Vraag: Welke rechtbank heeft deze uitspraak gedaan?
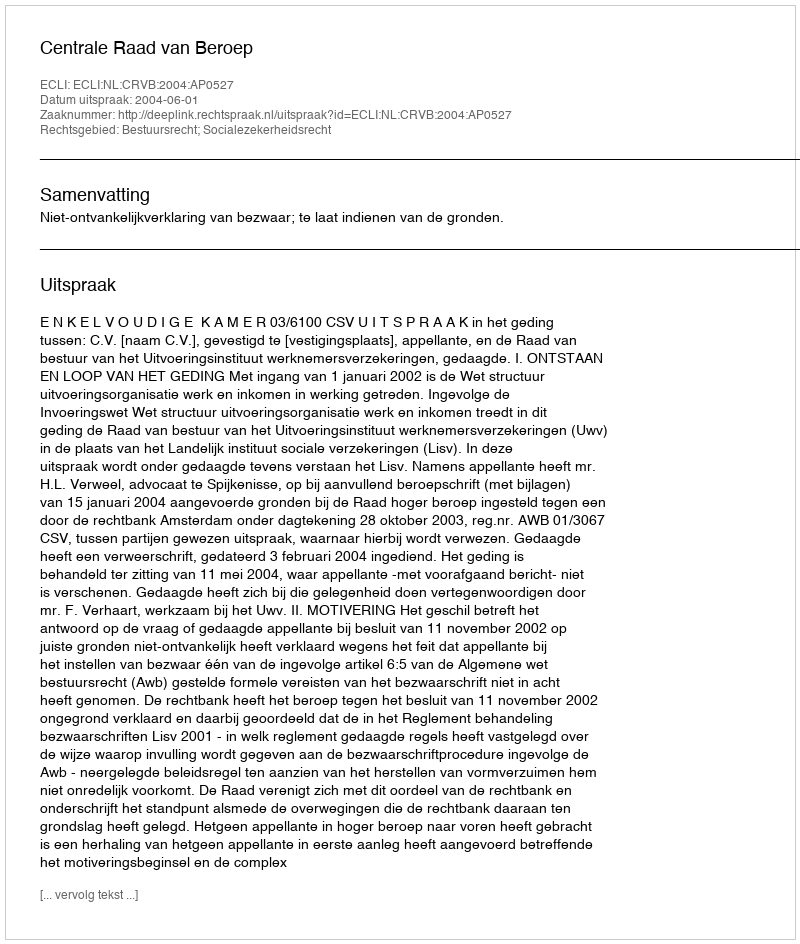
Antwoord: Centrale Raad van Beroep